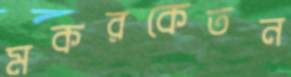
মকরকেতন